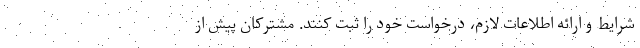
شرایط و ارائه اطلاعات لازم، درخواست خود را ثبت کنند. مشترکان پیش از